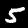
Label: 5